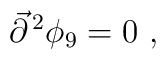
{\vec{\partial}}^{\, 2}\phi_9 =0 \  ,